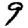
Digit: 9